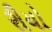
રીયો